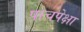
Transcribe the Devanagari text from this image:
पाचपेक्षा